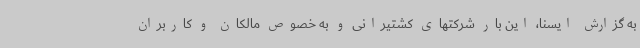
به گزارش ایسنا، این بار شرکتهای کشتیرانی و به خصوص مالکان و کاربران